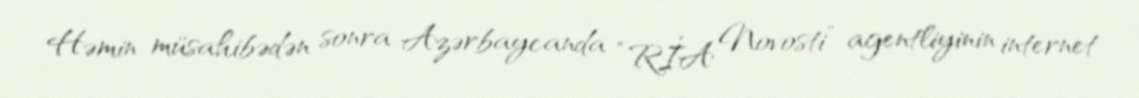
Həmin müsahibədən sonra Azərbaycanda “RİA Novosti” agentliyinin internet